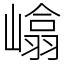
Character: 嶖